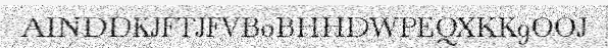
AINDDKJFTJFVB0BHHDWPEQXKK9OOJ